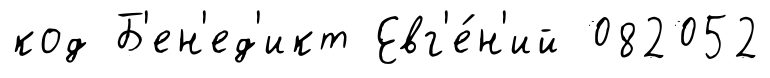
код Б'ен'ед'икт Евг'е́н'ий 082052